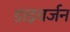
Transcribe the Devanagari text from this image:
डाइवर्जन